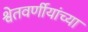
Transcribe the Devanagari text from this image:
श्वेतवर्णीयांच्या